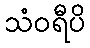
သံဝရီပိ